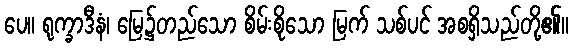
ပေ။ ရုက္ခာဒီနံ၊ မြေ၌တည်သော စိမ်းစိုသော မြက် သစ်ပင် အစရှိသည်တို့၏။